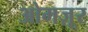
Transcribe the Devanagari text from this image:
ओमज़ूर